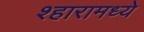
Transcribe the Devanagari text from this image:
श्हारामध्ये